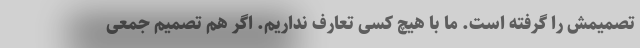
تصمیمش را گرفته است. ما با هیچ کسی تعارف نداریم. اگر هم تصمیم جمعی